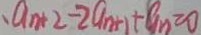
\cdot a _ { n + 2 } - 2 a _ { n + 1 } + a _ { n } \geq 0